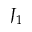
J _ { 1 }